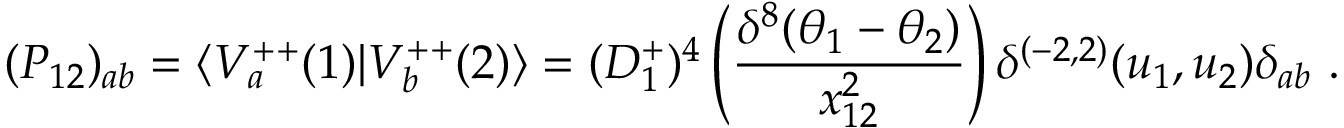
( P _ { 1 2 } ) _ { a b } = \langle V _ { a } ^ { + + } ( 1 ) \vert V _ { b } ^ { + + } ( 2 ) \rangle = ( D _ { 1 } ^ { + } ) ^ { 4 } \left( { \frac { \delta ^ { 8 } ( \theta _ { 1 } - \theta _ { 2 } ) } { x _ { 1 2 } ^ { 2 } } } \right) \delta ^ { ( - 2 , 2 ) } ( u _ { 1 } , u _ { 2 } ) \delta _ { a b } \ .